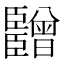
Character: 𬛫